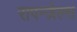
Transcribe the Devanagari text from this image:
रापन्ज़ेल्स